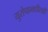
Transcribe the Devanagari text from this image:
युरोपामधीलही